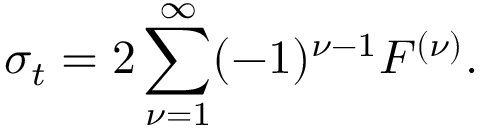
\sigma _ { t } = 2 \sum _ { \nu = 1 } ^ { \infty } ( - 1 ) ^ { \nu - 1 } F ^ { ( \nu ) } .